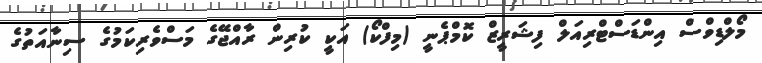
މޯލްޑިވްސް އިންޑަސްޓްރިއަލް ފިޝަރީޒް ކޮމްޕެނީ (މިފްކޯ) އަކީ ކުރިން ރާއްޖޭގެ މަސްވެރިކަމުގެ ސިނާއަތުގެ